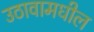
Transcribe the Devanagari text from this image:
उठावामधील